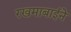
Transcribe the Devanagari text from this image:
रखमाबाईने